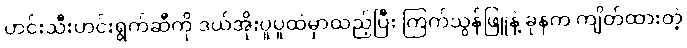
ဟင်းသီးဟင်းရွက်ဆီကို ဒယ်အိုးပူပူထဲမှာထည့်ပြီး ကြက်သွန်ဖြူနဲ့ ခုနက ကျိတ်ထားတဲ့